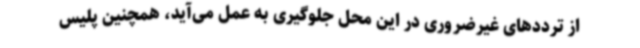
از ترددهای غیرضروری در این محل جلوگیری به عمل می‌آید، همچنین پلیس